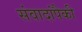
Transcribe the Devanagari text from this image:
संवादांपैकी